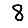
Digit: 8